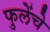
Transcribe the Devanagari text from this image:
फुलेंचे